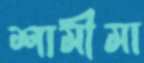
শামীমা